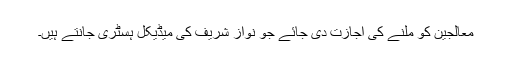
معالجین کو ملنے کی اجازت دی جائے جو نواز شریف کی میڈیکل ہسٹری جانتے ہیں۔